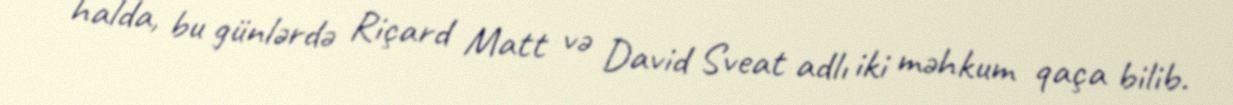
halda, bu günlərdə Riçard Matt və David Sveat adlı iki məhkum qaça bilib.